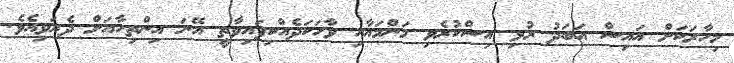
މިހާރަކަށް އައިސް އަބަދު ރުޅި އިސްކުރެވި މަންމައާއި ވާހަކަދެއްކިފައިވާތީ އޭނަ އިންތިހާއަށް ދެރަވިއެވެ.